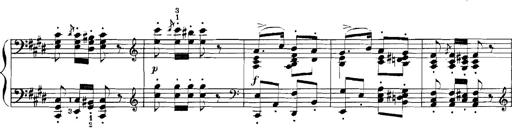
Title: Rhapsodies hongroises
Composer: Franz Liszt